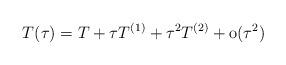
LaTeX: \begin{align*}T(\tau)=T+\tau T^{(1)}+\tau^2T^{(2)}+\mathrm{o}(\tau^2)\end{align*}